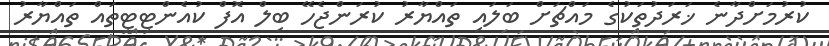
ކުރުމަށްދާނެ ޚަރަދުތަކުގެ މައްޗަށް ބަލައި ތައްޔާރު ކުރަންޖެހޭ ބިލް އޮފް ކުއެންޓިޓީތައް ތައްޔާރު